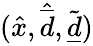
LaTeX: (\hat{x},\hat{\overline{d}},\tilde{\underline{d}})